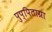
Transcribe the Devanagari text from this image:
पुप्पिताग्रा